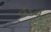
ઈડન